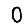
Digit: 0